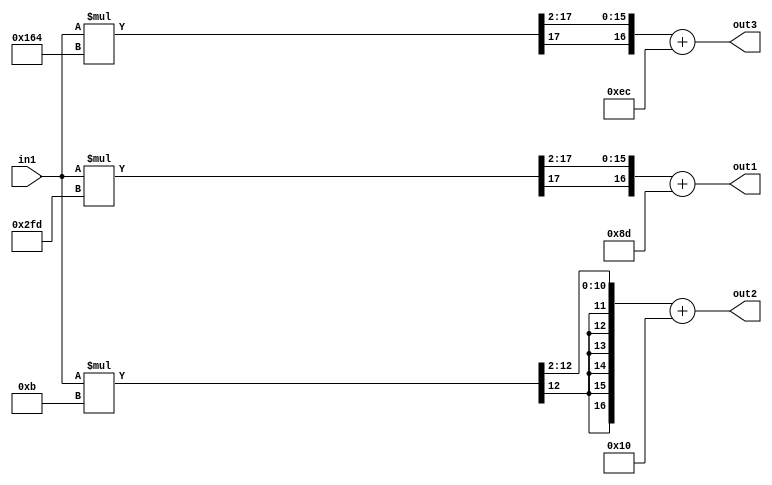
module layer_12(in1,out1,out2,out3);
   input signed [8:0] in1;
   output signed [16:0] out1,out2,out3;
   wire signed [17:0] m1_1,m1_2,m1_3;
   wire signed [9:0] w1_1 = $signed(10'h2FD);
   wire signed [9:0] w1_2 = $signed(10'h3FB);
   wire signed [9:0] w1_3 = $signed(10'h364);
   wire signed [16:0] b1 = $signed(17'h8D);
   wire signed [16:0] b2 = $signed(17'h10);
   wire signed [16:0] b3 = $signed(17'hEC);
   assign m1_1 = in1*w1_1;
   assign m1_2 = in1*w1_2;
   assign m1_3 = in1*w1_3;
   assign out1 = { {1{m1_1[17]}} , m1_1[17:2] }+b1;
   assign out2 = { {1{m1_2[17]}} , m1_2[17:2] }+b2;
   assign out3 = { {1{m1_3[17]}} , m1_3[17:2] }+b3;
endmodule